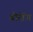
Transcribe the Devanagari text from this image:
बोरोंग